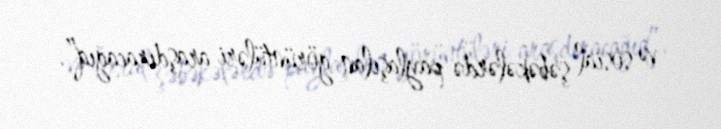
və sosial şəbəkələrdə paylaşılan görüntüləri araşdıracağıq”.